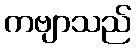
ကဗျာသည်